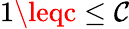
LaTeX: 1\leqc\leq\mathcal{C}